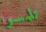
تلمسوا